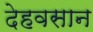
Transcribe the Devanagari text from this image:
देहवसान